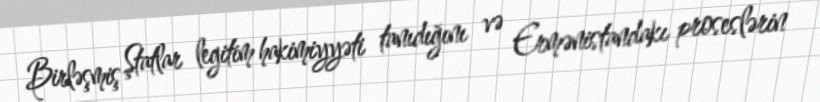
Birləşmiş Ştatlar legitim hakimiyyəti tanıdığını və Ermənistandakı proseslərin